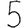
Digit: 5